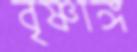
বৃষ্ণাঙ্গ